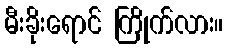
မီးခိုးရောင် ကြိုက်လား။